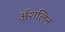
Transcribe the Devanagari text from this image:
अॅशलिन